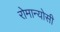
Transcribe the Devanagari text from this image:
रोमान्योसी